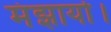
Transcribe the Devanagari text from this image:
मंझायो।